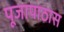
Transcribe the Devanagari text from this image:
पूजापाठास